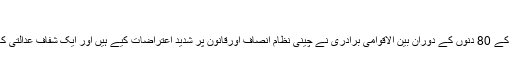
وين جيا باؤ
آئی وے وے کی گرفتاری کے 80 دنوں کے دوران بين الاقوامی برادری نے چينی نظام انصاف اورقانون پر شديد اعتراضات کيے ہيں اور ايک شفاف عدالتی کارروائی کا مطالبہ کيا ہے۔